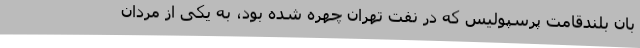
بان بلندقامت پرسپولیس که در نفت تهران چهره شده بود، به یکی از مردان